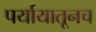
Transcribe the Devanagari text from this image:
पर्यायातूनच